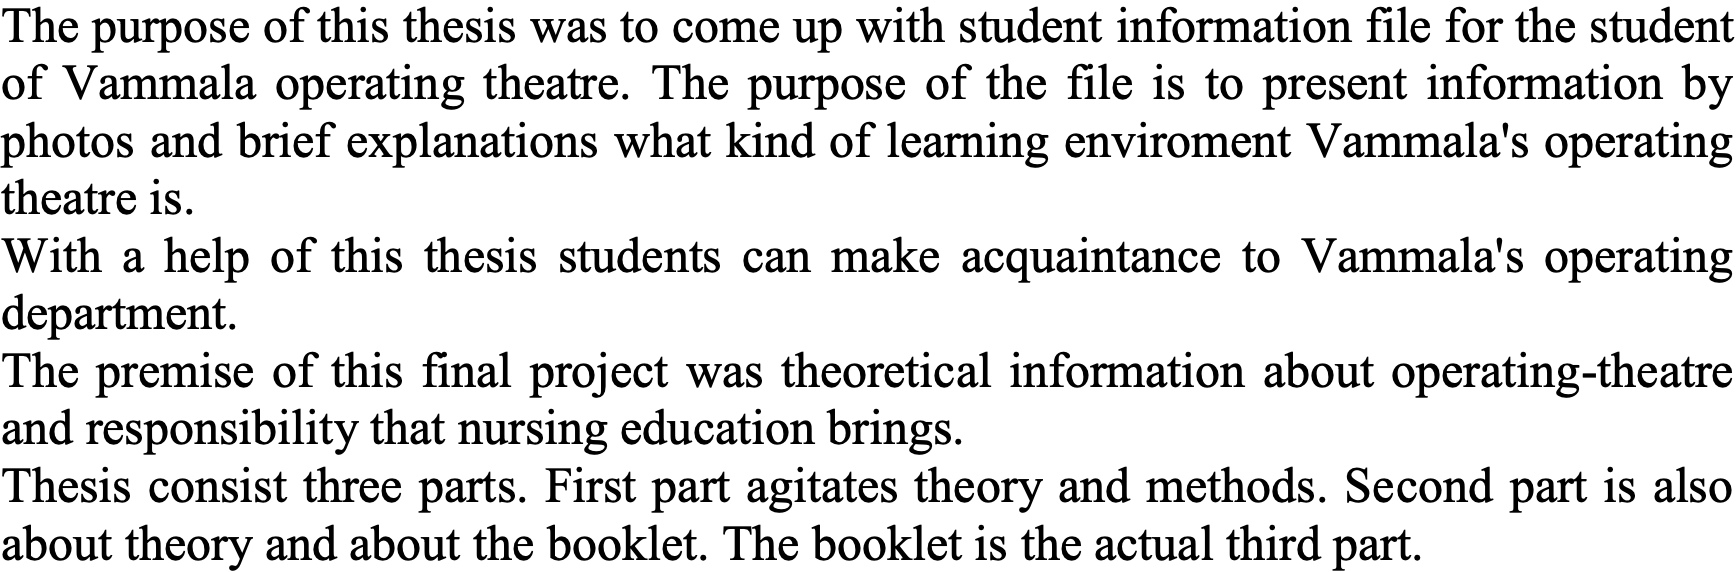
The purpose of this thesis was to come up with student information file for the student of Vammala operating theatre. The purpose of the file is to present information by photos and brief explanations what kind of learning enviroment Vammala's operating theatre is. With a help of this thesis students can make acquaintance to Vammala's operating department. The premise of this final project was theoretical information about operating-theatre and responsibility that nursing education brings. Thesis consist three parts. First part agitates theory and methods. Second part is also about theory and about the booklet. The booklet is the actual third part.